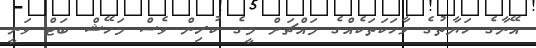
އޭނާގެ ހަޔާތުގެ ވާހަކަތަކެއްގެ މައްޗަށް މީގެ ކުރިން ވެސް މަހޭޝް ބަޓް ވަނީ